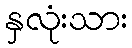
နှလုံးသား